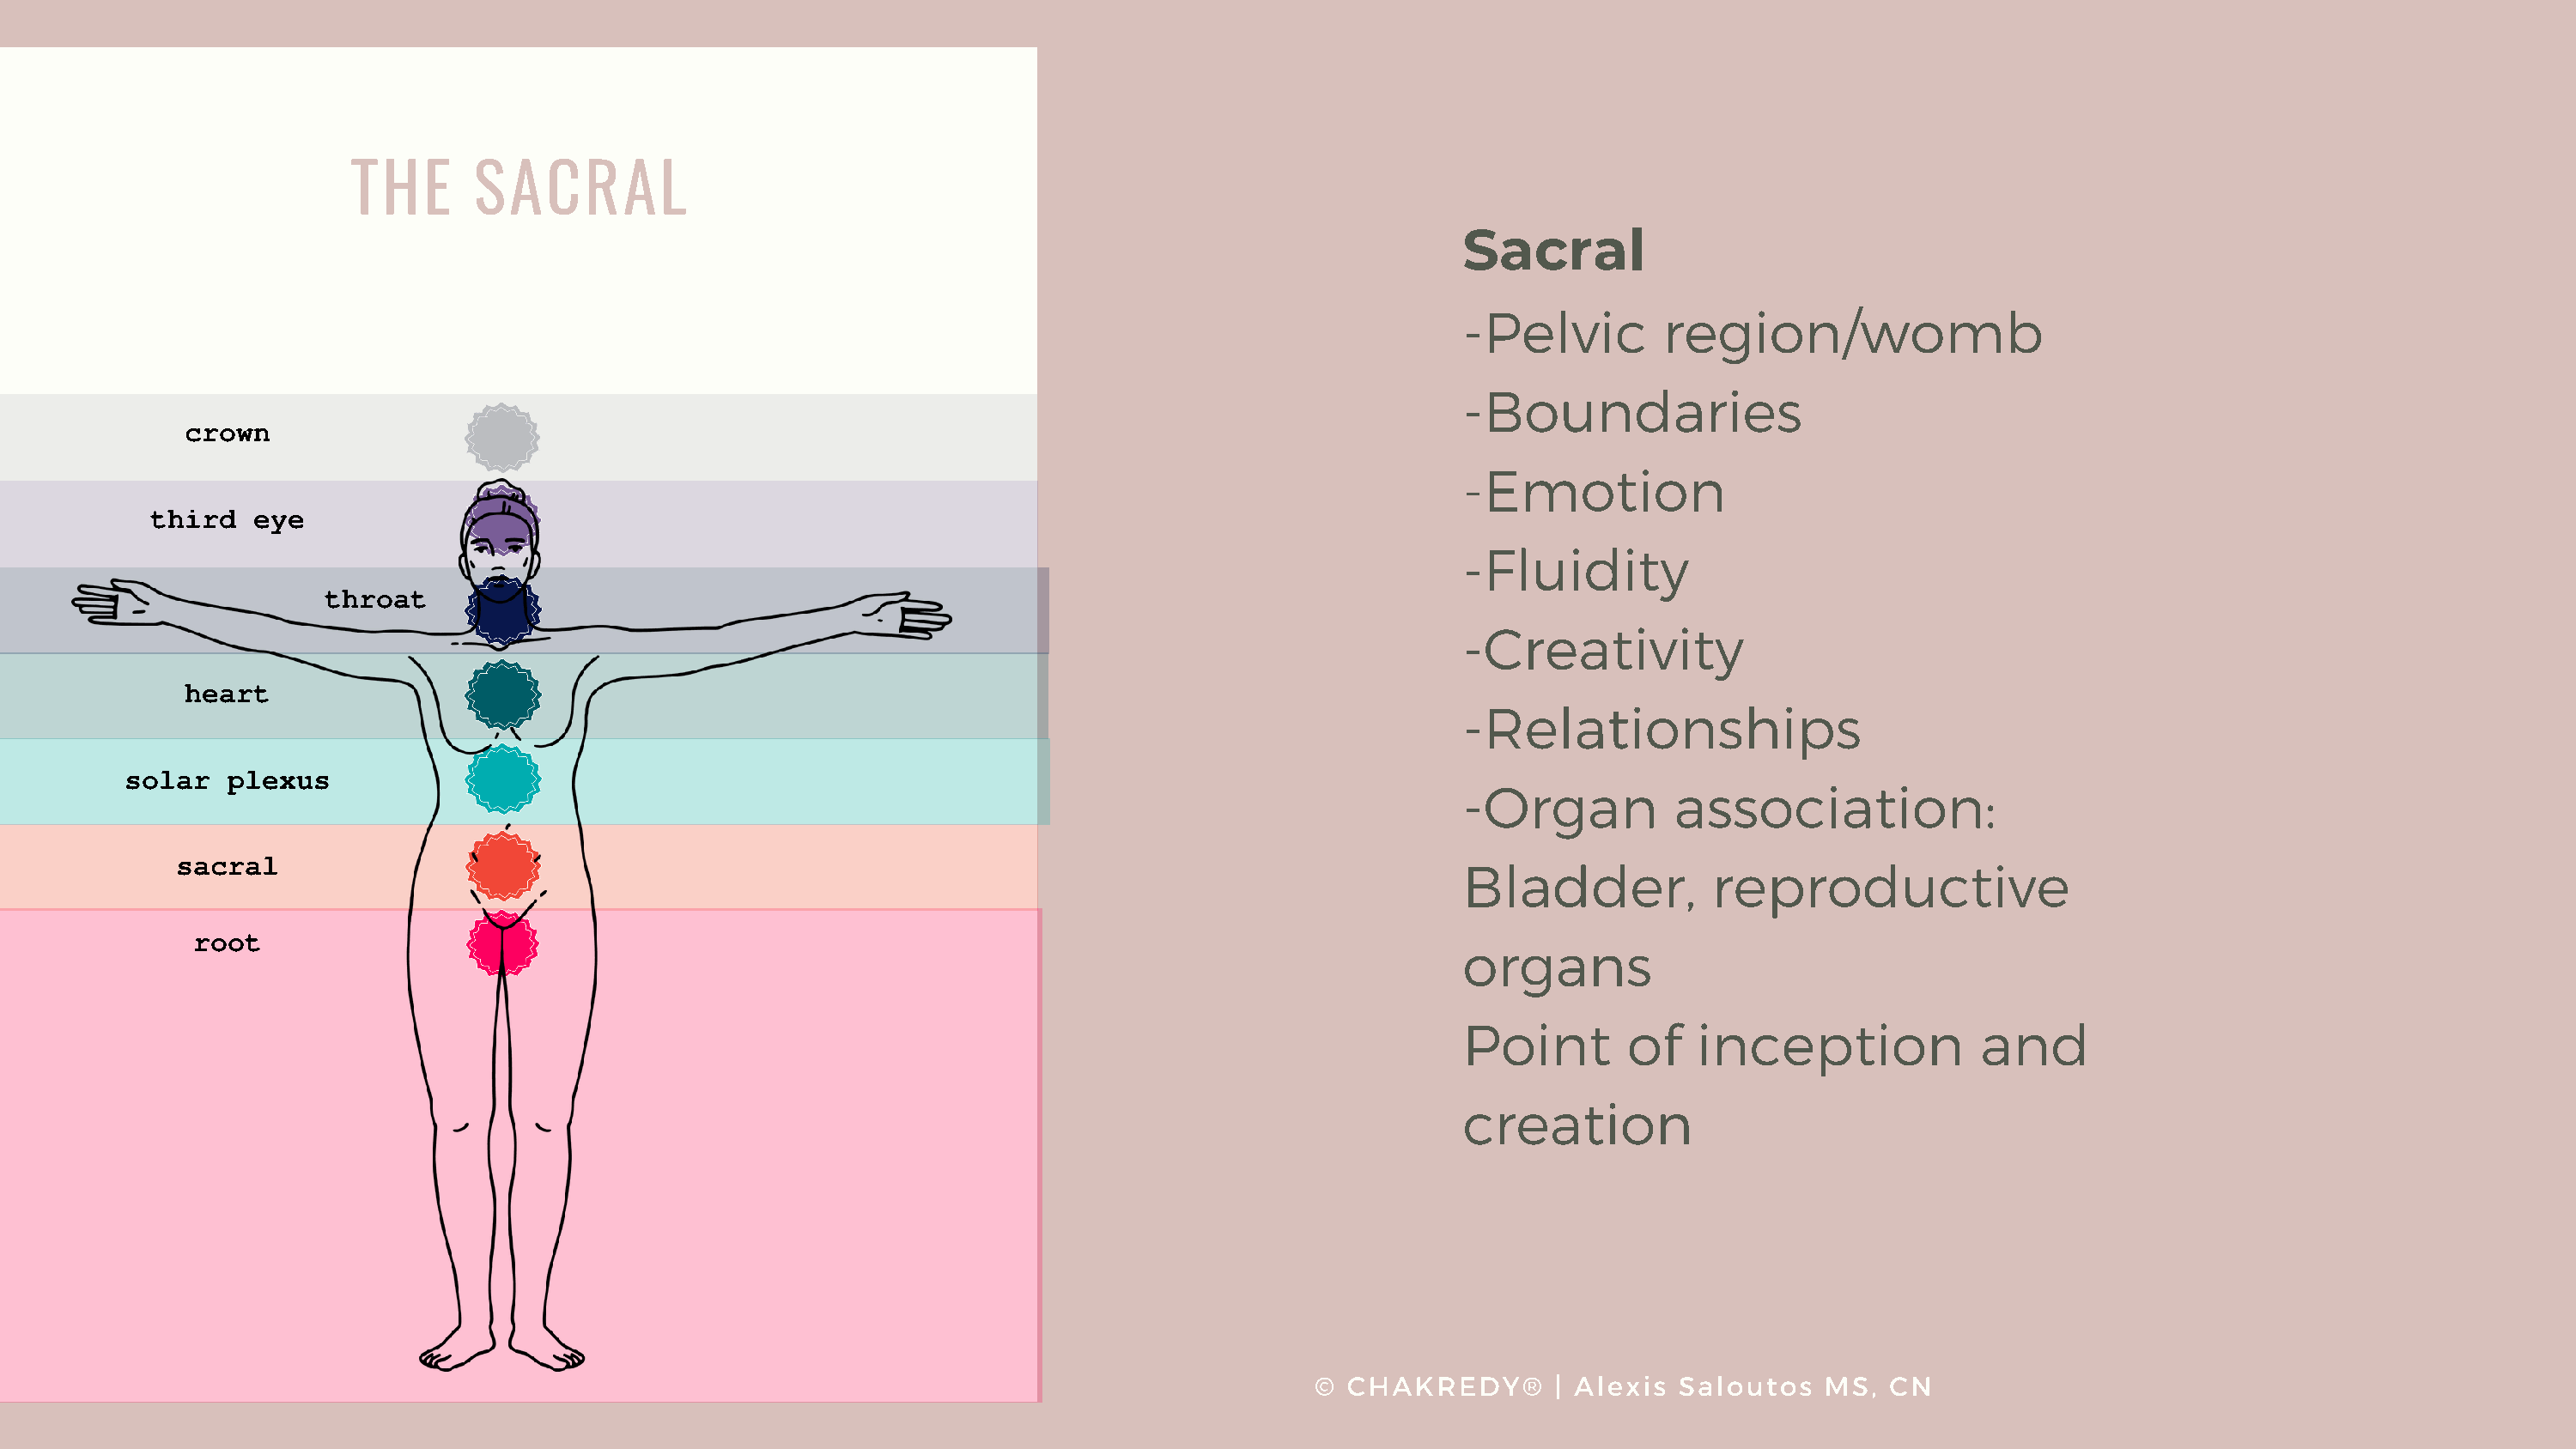
THE       SACRAL
 Sacral
 -Pelvic        region/womb
 -Boundaries
 crown
 -Emotion
 third   eye
 -Fluidity
 throat
 -Creativity
 heart
 -Relationships
 solar   plexus                                                                                         -Organ          association:
 Bladder,           reproductive
 sacral
 root                                                                                              organs
 Point       of    inception             and
 creation
 ©  CHAKREDY®       | Alexis Saloutos    MS,  CN